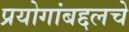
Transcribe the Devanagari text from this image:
प्रयोगांबद्दलचे